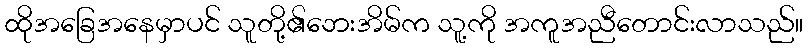
ထိုအခြေအနေမှာပင် သူတို့၏ဘေးအိမ်က သူ့ကို အကူအညီတောင်းလာသည်။